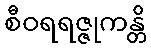
စီဝရရဇ္ဇုကန္တိ